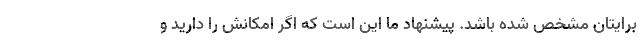
برایتان مشخص شده باشد. پیشنهاد ما این است که اگر امکانش را دارید و